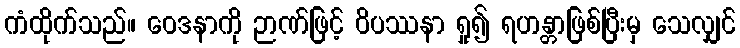
ကံထိုက်သည်။ ဝေဒနာကို ဉာဏ်ဖြင့် ဝိပဿနာ ရှု၍ ရဟန္တာဖြစ်ပြီးမှ သေလျှင်